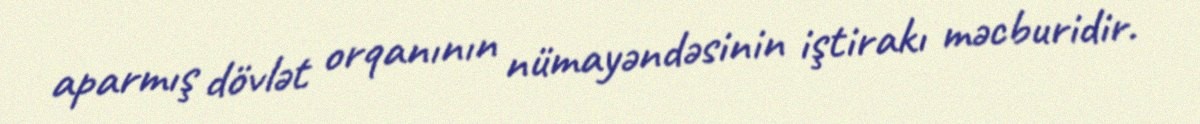
aparmış dövlət orqanının nümayəndəsinin iştirakı məcburidir.